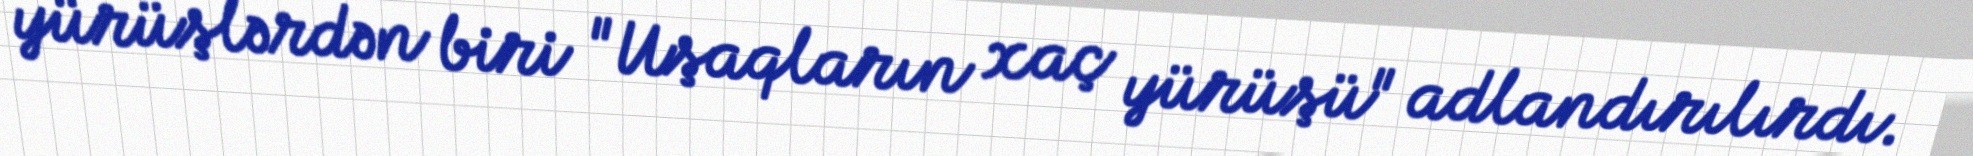
yürüşlərdən biri "Uşaqların xaç yürüşü" adlandırılırdı.